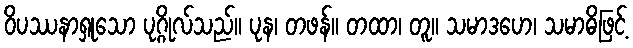
ဝိပဿနာရှုသော ပုဂ္ဂိုလ်သည်။ ပုန၊ တဖန်။ တထာ၊ တူ။ သမာဒဟေ၊ သမာဓိဖြင့်